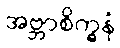
အဗ္ဘာစိက္ခနံ